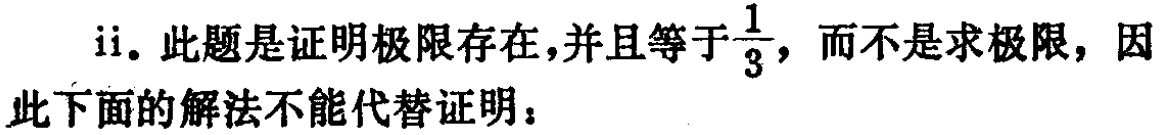
ii. 此题是证明极限存在，并且等于$\frac{1}{3}$，而不是求极限，因此下面的解法不能代替证明：